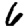
Digit: 6